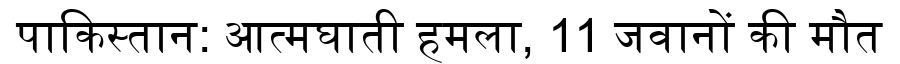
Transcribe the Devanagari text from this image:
पाकिस्तान: आत्मघाती हमला, 11 जवानों की मौत